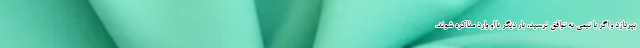
بپردازد و اگر با تیمی به توافق نرسید، بار دیگر با او وارد مذاکره شوند.